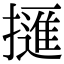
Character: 𢶘